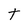
Character: t